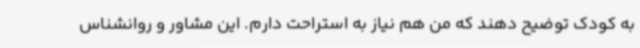
به کودک توضیح دهند که من هم نیاز به استراحت دارم. این مشاور و روانشناس